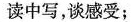
读中写，谈感受;